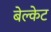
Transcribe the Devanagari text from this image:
बेल्केट